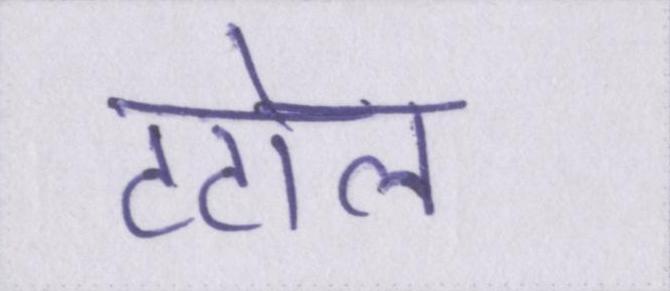
टटोल